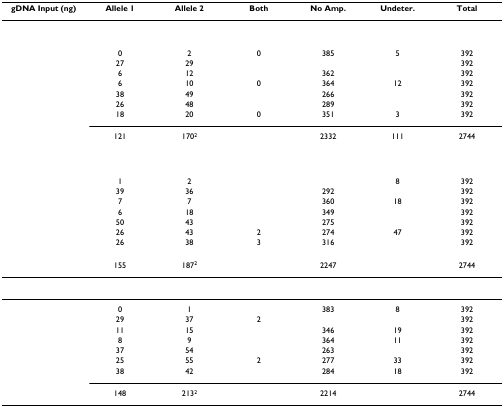
<table><thead><tr><td><b>gDNA Input (ng)</b></td><td><b>Allele 1</b></td><td><b>Allele 2</b></td><td><b>Both</b></td><td><b>No Amp.</b></td><td><b>Undeter.</b></td><td><b>Total</b></td></tr></thead><tbody><tr><td colspan="7">[EMPTY_CELL]</td></tr><tr><td>[EMPTY_CELL]</td><td>0</td><td>2</td><td>0</td><td>385</td><td>5</td><td>392</td></tr><tr><td>[EMPTY_CELL]</td><td>27</td><td>29</td><td>[EMPTY_CELL]</td><td>[EMPTY_CELL]</td><td>[EMPTY_CELL]</td><td>392</td></tr><tr><td>[EMPTY_CELL]</td><td>6</td><td>12</td><td>[EMPTY_CELL]</td><td>362</td><td>[EMPTY_CELL]</td><td>392</td></tr><tr><td>[EMPTY_CELL]</td><td>6</td><td>10</td><td>0</td><td>364</td><td>12</td><td>392</td></tr><tr><td>[EMPTY_CELL]</td><td>38</td><td>49</td><td>[EMPTY_CELL]</td><td>266</td><td>[EMPTY_CELL]</td><td>392</td></tr><tr><td>[EMPTY_CELL]</td><td>26</td><td>48</td><td>[EMPTY_CELL]</td><td>289</td><td>[EMPTY_CELL]</td><td>392</td></tr><tr><td>[EMPTY_CELL]</td><td>18</td><td>20</td><td>0</td><td>351</td><td>3</td><td>392</td></tr><tr><td>[EMPTY_CELL]</td><td>121</td><td>170<sup>2</sup></td><td>[EMPTY_CELL]</td><td>2332</td><td>111</td><td>2744</td></tr><tr><td colspan="7">[EMPTY_CELL]</td></tr><tr><td>[EMPTY_CELL]</td><td>1</td><td>2</td><td>[EMPTY_CELL]</td><td>[EMPTY_CELL]</td><td>8</td><td>392</td></tr><tr><td>[EMPTY_CELL]</td><td>39</td><td>36</td><td>[EMPTY_CELL]</td><td>292</td><td>[EMPTY_CELL]</td><td>392</td></tr><tr><td>[EMPTY_CELL]</td><td>7</td><td>7</td><td>[EMPTY_CELL]</td><td>360</td><td>18</td><td>392</td></tr><tr><td>[EMPTY_CELL]</td><td>6</td><td>18</td><td>[EMPTY_CELL]</td><td>349</td><td>[EMPTY_CELL]</td><td>392</td></tr><tr><td>[EMPTY_CELL]</td><td>50</td><td>43</td><td>[EMPTY_CELL]</td><td>275</td><td>[EMPTY_CELL]</td><td>392</td></tr><tr><td>[EMPTY_CELL]</td><td>26</td><td>43</td><td>2</td><td>274</td><td>47</td><td>392</td></tr><tr><td>[EMPTY_CELL]</td><td>26</td><td>38</td><td>3</td><td>316</td><td>[EMPTY_CELL]</td><td>392</td></tr><tr><td>[EMPTY_CELL]</td><td>155</td><td>187<sup>2</sup></td><td>[EMPTY_CELL]</td><td>2247</td><td>[EMPTY_CELL]</td><td>2744</td></tr><tr><td colspan="7">[EMPTY_CELL]</td></tr><tr><td>[EMPTY_CELL]</td><td>0</td><td>1</td><td>[EMPTY_CELL]</td><td>383</td><td>8</td><td>392</td></tr><tr><td>[EMPTY_CELL]</td><td>29</td><td>37</td><td>2</td><td>[EMPTY_CELL]</td><td>[EMPTY_CELL]</td><td>392</td></tr><tr><td>[EMPTY_CELL]</td><td>11</td><td>15</td><td>[EMPTY_CELL]</td><td>346</td><td>19</td><td>392</td></tr><tr><td>[EMPTY_CELL]</td><td>8</td><td>9</td><td>[EMPTY_CELL]</td><td>364</td><td>11</td><td>392</td></tr><tr><td>[EMPTY_CELL]</td><td>37</td><td>54</td><td>[EMPTY_CELL]</td><td>263</td><td>[EMPTY_CELL]</td><td>392</td></tr><tr><td>[EMPTY_CELL]</td><td>25</td><td>55</td><td>2</td><td>277</td><td>33</td><td>392</td></tr><tr><td>[EMPTY_CELL]</td><td>38</td><td>42</td><td>[EMPTY_CELL]</td><td>284</td><td>18</td><td>392</td></tr><tr><td>[EMPTY_CELL]</td><td>148</td><td>213<sup>2</sup></td><td>[EMPTY_CELL]</td><td>2214</td><td>[EMPTY_CELL]</td><td>2744</td></tr></tbody></table>